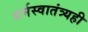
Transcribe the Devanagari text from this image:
धर्मस्वातंत्र्यही